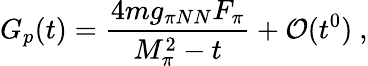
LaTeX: G_{p}(t)=\frac{4mg_{\pi NN}F_{\pi}}{M_{\pi}^{2}-t}+{\cal O}(t^{0})~,